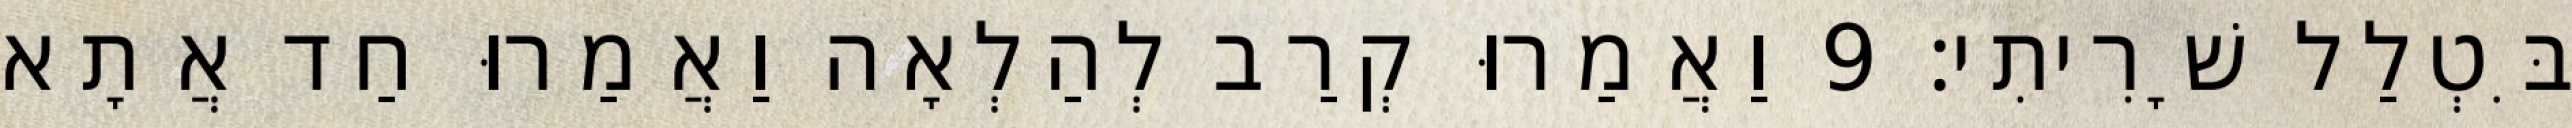
בִּטְלַל שָׁרִיתִי׃ 9 וַאֲמַרוּ קְרַב לְהַלְאָה וַאֲמַרוּ חַד אֲתָא